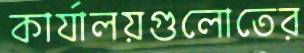
কার্যালয়গুলোতের